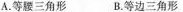
A. 等腰三角形 B. 等边三角形